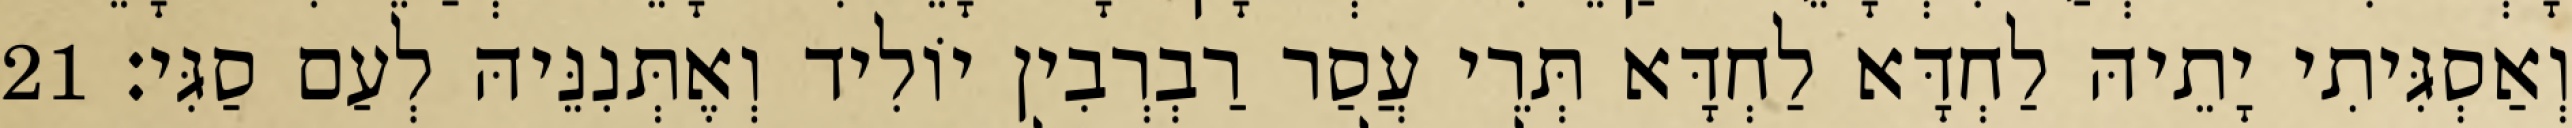
וְאַסְגִּיתִי יָתֵיהּ לַחְדָּא לַחְדָּא תְּרֵי עֲסַר רַבְרְבִין יוֹלִיד וְאֶתְּנִנֵּיהּ לְעַם סַגִּי׃ 21